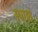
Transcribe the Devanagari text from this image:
स्पाश